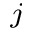
^ j